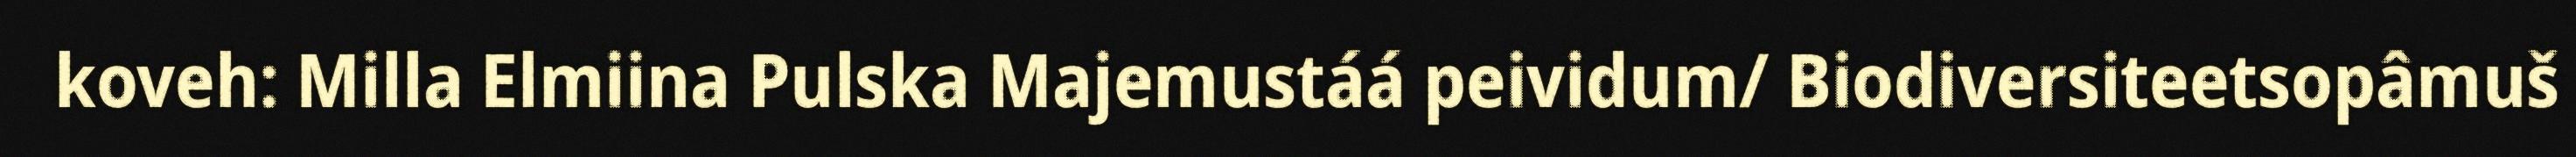
koveh: Milla Elmiina Pulska Majemustáá peividum/ Biodiversiteetsopâmuš